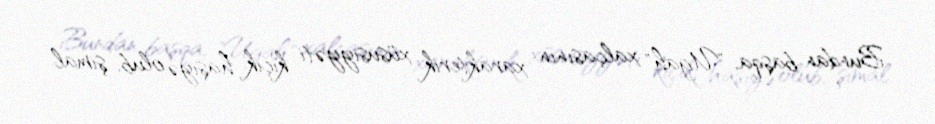
Bundan başqa, "Ugah" xalçasının xarakterik xüsusiyyəti kiçik haşiyə olub, şimal